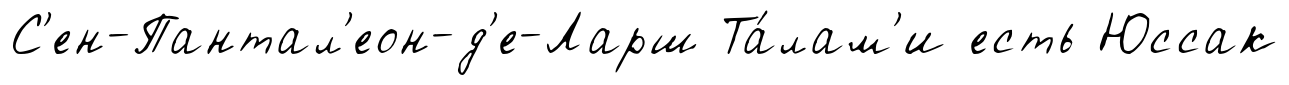
С'ен-Пантал'еон-д'е-Ларш Та́лам'и есть Юссак